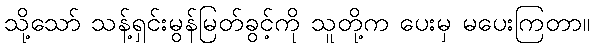
သို့သော် သန့်ရှင်းမွန်မြတ်ခွင့်ကို သူတို့က ပေးမှ မပေးကြတာ။